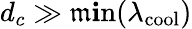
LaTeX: d_{c}\gg\operatorname*{\mathfrak{m}\mathbf{i}n}(\lambda_{\mathrm{{cool}}})